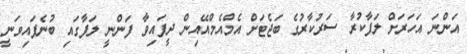
އަންނަ އަހަރަށް ލަފާކުރާ ސަރުކާރުގެ ބަޖެޓަށް އެމްއެމްއޭއިން ދީފައިވާ ފަންނީ ލަފާގައި ބުނެފައިވަނީ